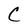
Character: C